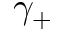
\gamma _ { + }